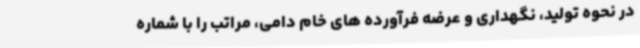
در نحوه تولید، نگهداری و عرضه فرآورده های خام دامی، مراتب را با شماره